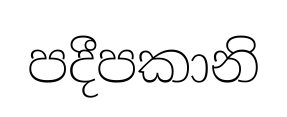
පදීපකානි